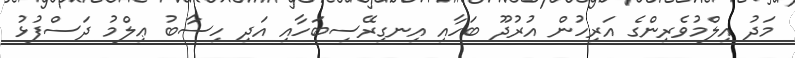
މަދު އިލްމުވެރިންގެ އަރިހުން އުރުދޫ ބަހާއި އިނގިރޭސިބަހާއި އަދި ހިސާބު ޢިލްމު ދަސްފުޅު